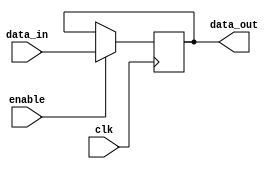
module gated_latch (
    input wire clk,
    input wire enable,
    input wire data_in,
    output reg data_out
);

always @(posedge clk) begin
    if (enable)
        data_out <= data_in;
end

endmodule